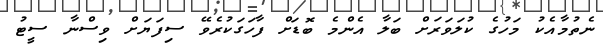
ނެތުމާއެކު މަހުގެ ކުލަވަރަށް ބަލާ އެންމެ ބޮޑަށް ފާހަގަކުރެވޭ ސިފަޔަށް ވިސްނާ ސީޓު